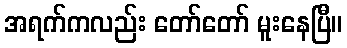
အရက်ကလည်း တော်တော် မူးနေပြီ။